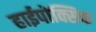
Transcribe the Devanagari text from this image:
हाईपोक्सिक